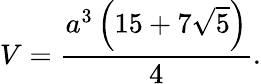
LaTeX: V={\frac{a^{3}\left(15+7{\sqrt{5}}\right)}{4}}.